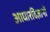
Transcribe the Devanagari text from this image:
आधारविज्ञानों